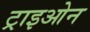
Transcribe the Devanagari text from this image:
ट्राइओन